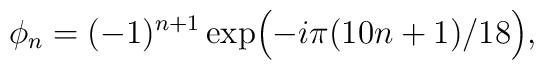
\phi_n = (-1)^{n+1} \exp\Bigl(-i\pi(10n+1)/18\Bigr),